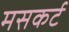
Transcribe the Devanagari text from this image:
मसकर्ट